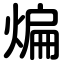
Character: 煸